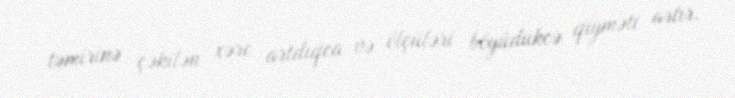
təmirinə çəkilən xərc artdıqca və ölçüləri böyüdükcə qiyməti artır.